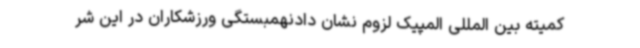
کمیته بین المللی المپیک لزوم نشان دادنهمبستگی ورزشکاران در این شر